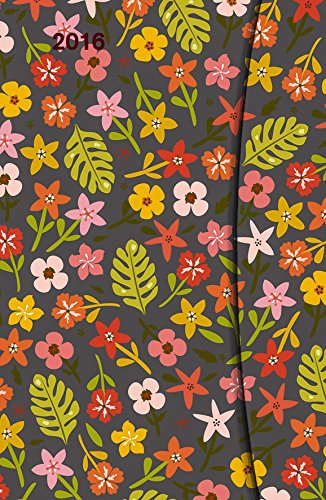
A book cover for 2016 Flowers Small Magneto Diary; Calendars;